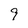
Character: 9